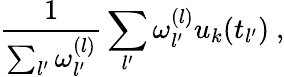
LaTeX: \frac{1}{\sum_{l^{\prime}}\omega_{l^{\prime}}^{(l)}}\sum_{l^{\prime}}\omega_{l^{\prime}}^{(l)}u_{k}(t_{l^{\prime}})\ ,